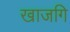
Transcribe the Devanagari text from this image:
खाजगि